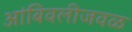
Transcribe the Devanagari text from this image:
आंबिवलीजवळ